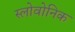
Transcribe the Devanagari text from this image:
स्लोवोनिक